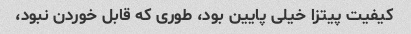
کیفیت پیتزا خیلی پایین بود، طوری که قابل خوردن نبود،